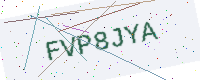
Text: FVP8JYA